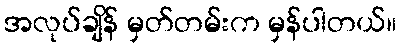
အလုပ်ချိန် မှတ်တမ်းက မှန်ပါတယ်။